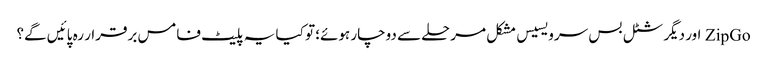
ZipGo اور دیگر شٹل بس سرویسیس مشکل مرحلے سے دوچار ہوئے؛ تو کیا یہ پلیٹ فامس برقرار رہ پائیں گے؟